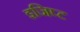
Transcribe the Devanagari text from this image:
इजिप्‍ट